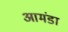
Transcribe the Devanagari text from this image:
आमंडा